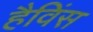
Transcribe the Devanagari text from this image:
हैविंस